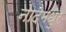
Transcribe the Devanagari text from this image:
नादमधुर